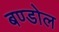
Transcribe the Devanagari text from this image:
बण्डोल